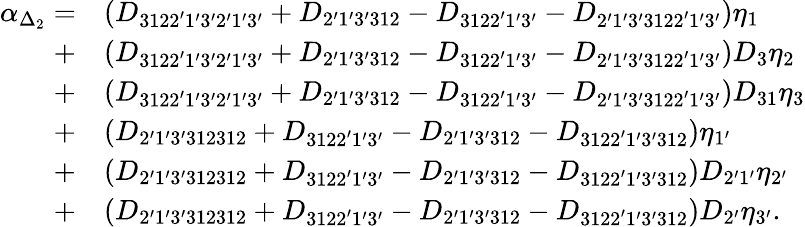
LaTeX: \begin{array}{rl}{\alpha_{\Delta_{2}}=}&{\left({{D_{3122^{\prime}1^{\prime}3^{\prime}2^{\prime}1^{\prime}3^{\prime}}}+{D_{2^{\prime}1^{\prime}3^{\prime}312}}-{D_{3122^{\prime}1^{\prime}3^{\prime}}}-{D_{2^{\prime}1^{\prime}3^{\prime}3122^{\prime}1^{\prime}3^{\prime}}}}\right){\eta_{1}}}\\ {+}&{\left({{D_{3122^{\prime}1^{\prime}3^{\prime}2^{\prime}1^{\prime}3^{\prime}}}+{D_{2^{\prime}1^{\prime}3^{\prime}312}}-{D_{3122^{\prime}1^{\prime}3^{\prime}}}-{D_{2^{\prime}1^{\prime}3^{\prime}3122^{\prime}1^{\prime}3^{\prime}}}}\right){D_{3}}{\eta_{2}}}\\ {+}&{\left({{D_{3122^{\prime}1^{\prime}3^{\prime}2^{\prime}1^{\prime}3^{\prime}}}+{D_{2^{\prime}1^{\prime}3^{\prime}312}}-{D_{3122^{\prime}1^{\prime}3^{\prime}}}-{D_{2^{\prime}1^{\prime}3^{\prime}3122^{\prime}1^{\prime}3^{\prime}}}}\right){D_{31}}{\eta_{3}}}\\ {+}&{\left({{D_{2^{\prime}1^{\prime}3^{\prime}312312}}+{D_{3122^{\prime}1^{\prime}3^{\prime}}}-{D_{2^{\prime}1^{\prime}3^{\prime}312}}-{D_{3122^{\prime}1^{\prime}3^{\prime}312}}}\right){\eta_{1^{\prime}}}}\\ {+}&{\left({{D_{2^{\prime}1^{\prime}3^{\prime}312312}}+{D_{3122^{\prime}1^{\prime}3^{\prime}}}-{D_{2^{\prime}1^{\prime}3^{\prime}312}}-{D_{3122^{\prime}1^{\prime}3^{\prime}312}}}\right){D_{2^{\prime}1^{\prime}}}{\eta_{2^{\prime}}}}\\ {+}&{\left({{D_{2^{\prime}1^{\prime}3^{\prime}312312}}+{D_{3122^{\prime}1^{\prime}3^{\prime}}}-{D_{2^{\prime}1^{\prime}3^{\prime}312}}-{D_{3122^{\prime}1^{\prime}3^{\prime}312}}}\right){D_{2^{\prime}}}{\eta_{3^{\prime}}}.}\end{array}